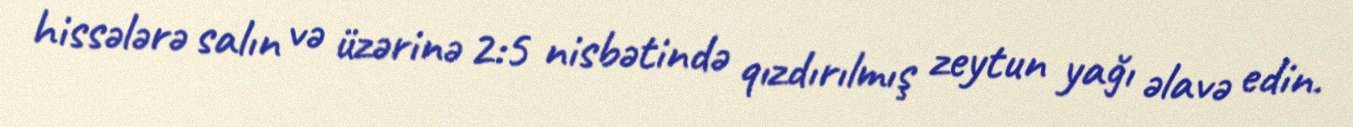
hissələrə salın və üzərinə 2:5 nisbətində qızdırılmış zeytun yağı əlavə edin.